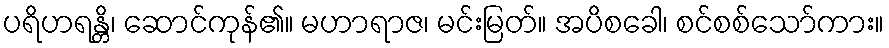
ပရိဟရန္တိ၊ ဆောင်ကုန်၏။ မဟာရာဇ၊ မင်းမြတ်။ အပိစခေါ၊ စင်စစ်သော်ကား။